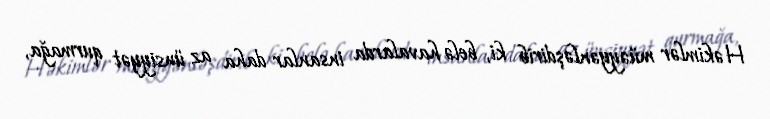
Həkimlər müəyyənləşdirib ki, belə havalarda insanlar daha az ünsiyyət qurmağa,